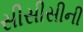
સીસીસીની